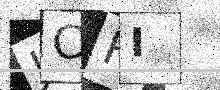
Text: JCFI